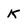
Character: K